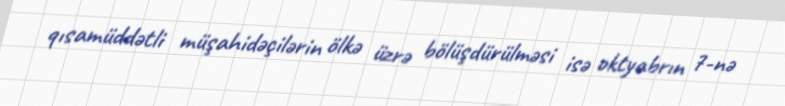
qısamüddətli müşahidəçilərin ölkə üzrə bölüşdürülməsi isə oktyabrın 7-nə